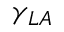
\gamma _ { L A }